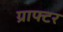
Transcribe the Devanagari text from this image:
ग्राफ्टर